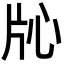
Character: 𬌓